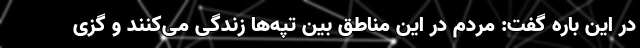
در این باره گفت: مردم در این مناطق بین تپه‌ها زندگی می‌کنند و گزی